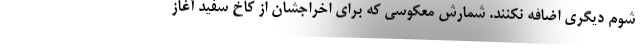
شوم دیگری اضافه نکنند. شمارش معکوسی که برای اخراجشان از کاخ سفید آغاز